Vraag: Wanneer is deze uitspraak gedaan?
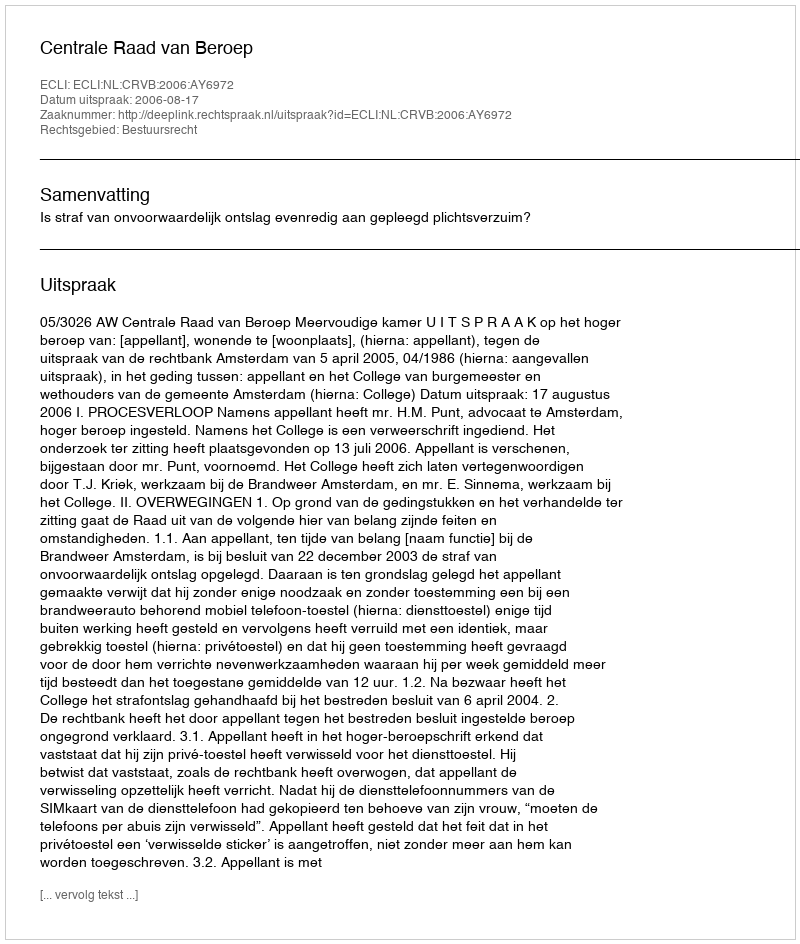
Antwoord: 2006-08-17